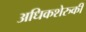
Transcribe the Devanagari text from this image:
अधिकशेरुकी